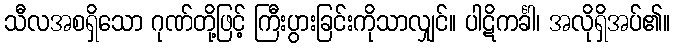
သီလအစရှိသော ဂုဏ်တို့ဖြင့် ကြီးပွားခြင်းကိုသာလျှင်။ ပါဋိကင်္ခါ၊ အလိုရှိအပ်၏။